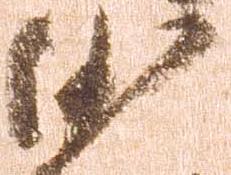
沙